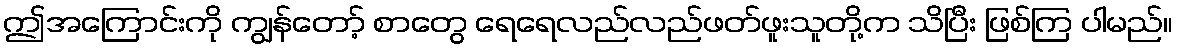
ဤအကြောင်းကို ကျွန်တော့် စာတွေ ရေရေလည်လည်ဖတ်ဖူးသူတို့က သိပြီး ဖြစ်ကြ ပါမည်။